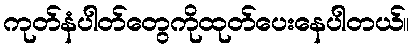
ကုတ်နံပါတ်တွေကိုထုတ်ပေးနေပါတယ်။